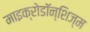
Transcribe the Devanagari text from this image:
माइक्रोडॉन्शिज्म